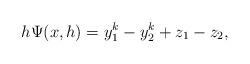
LaTeX: \begin{align*}h\Psi(x,h)=y_1^k-y_2^k+z_1-z_2,\end{align*}